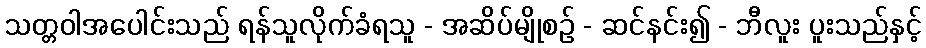
သတ္တဝါအပေါင်းသည် ရန်သူလိုက်ခံရသူ - အဆိပ်မျိုစဉ် - ဆင်နင်း၍ - ဘီလူး ပူးသည်နှင့်